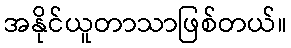
အနိုင်ယူတာသာဖြစ်တယ်။